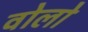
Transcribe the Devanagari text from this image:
वोलो